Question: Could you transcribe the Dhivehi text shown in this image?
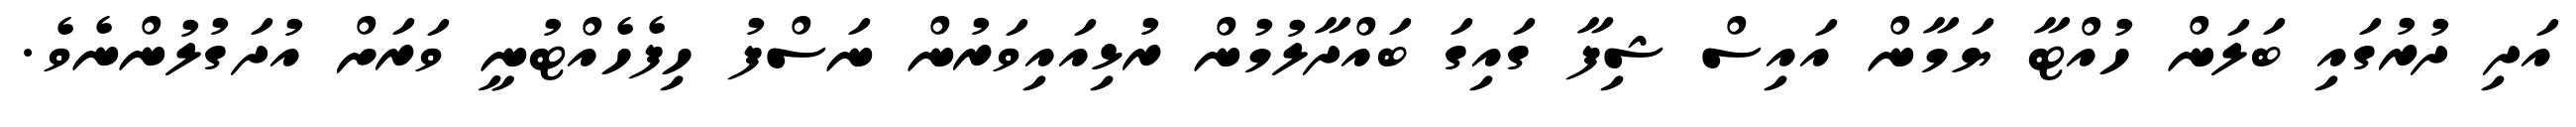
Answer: އަދި ދުރުގައި ބަލަން ހުއްޓާ ޔަމާން އައިސް ޝިފާ ގައިގަ ބައްދާލުމުން ރުޅިއައިވަރުން ނަސްފު ހިފެހެއްޓުނީ ވަރަށް އުދަގުލުންނެވެ.